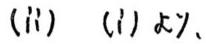
(ii) (i)  \(x\)、